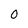
Character: 0